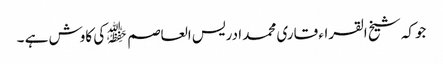
جوکہ شیخ القراء قاری محمد ادریس العاصم ﷾ کی کاوش ہے ۔